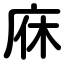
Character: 庥